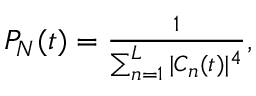
\begin{array} { r } { P _ { N } ( t ) = \frac { 1 } { \sum _ { n = 1 } ^ { L } | C _ { n } ( t ) | ^ { 4 } } , } \end{array}